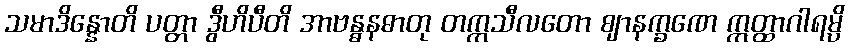
သမာဒိန္နောတိ ပတ္တာ ဒွီဟိပီတိ အာဗန္ဓနဓာတု တက္ကသီလတော ဈာနက္ခဏေ ဣတ္ထာဂါရမ္ပိ